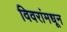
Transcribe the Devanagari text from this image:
विवरांमधून